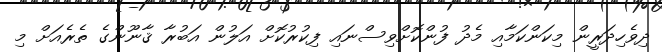
ދިވެހިދަރީން މިކަންކަމާއި މެދު ފުންކޮށްވިސްނައި ފިކުރުކޮށް އަލުން އަބުރާ ޤާނޫންގެ ތެރެއަށް މި